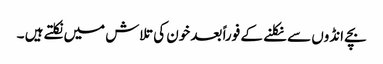
بچے انڈوں سے نکلنے کے فوراً بعد خون کی تلاش میں نکلتے ہیں ۔